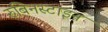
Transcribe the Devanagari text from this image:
रुबिनस्टाइन